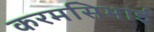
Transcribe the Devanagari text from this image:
करमसिभाई